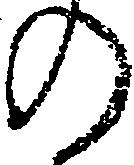
の